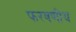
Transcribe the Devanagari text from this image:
फरवणीय